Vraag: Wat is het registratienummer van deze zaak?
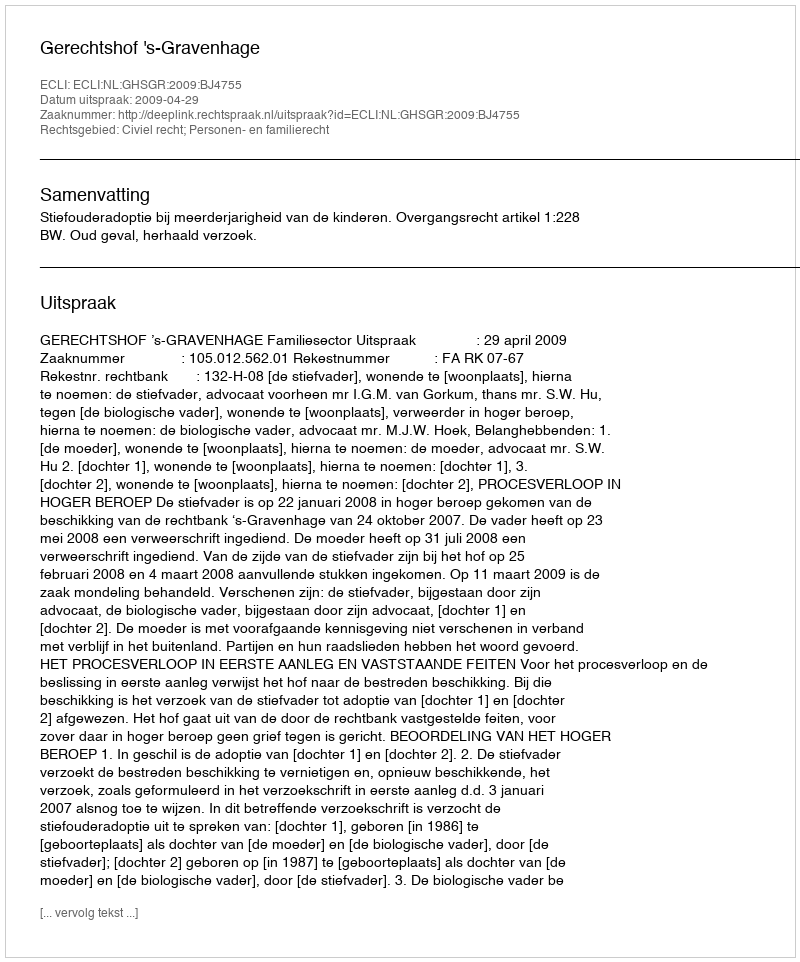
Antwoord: http://deeplink.rechtspraak.nl/uitspraak?id=ECLI:NL:GHSGR:2009:BJ4755